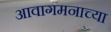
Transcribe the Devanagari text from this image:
आवागमनाच्या